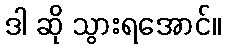
ဒါ ဆို သွားရအောင်။